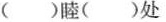
( )睦( )处